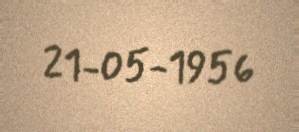
21-05-1956